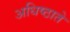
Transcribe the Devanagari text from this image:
अधिष्ठाते